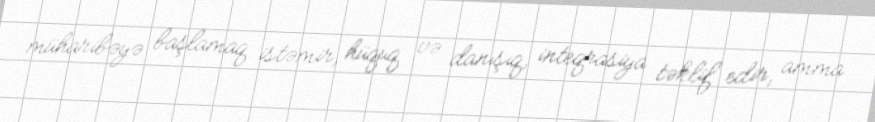
müharibəyə başlamaq istəmir, hüquq və danışıq, inteqrasiya təklif edir, amma